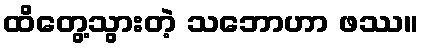
ထိတွေ့သွားတဲ့ သဘောဟာ ဖဿ။